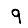
Digit: 9